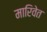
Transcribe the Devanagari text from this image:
मारिवेत